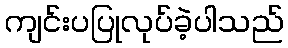
ကျင်းပပြုလုပ်ခဲ့ပါသည်